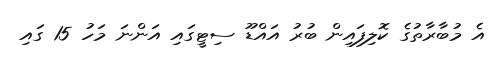
އެ މުބާރާތުގެ ކޮލިފައިން ބުރު އައްޑޫ ސިޓީގައި އަންނަ މަހު 15 ގައި